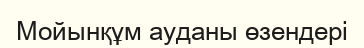
Мойынқұм ауданы өзендері